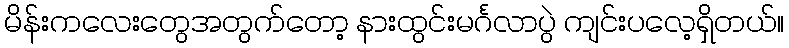
မိန်းကလေးတွေအတွက်တော့ နားထွင်းမင်္ဂလာပွဲ ကျင်းပလေ့ရှိတယ်။